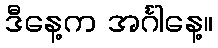
ဒီနေ့က အင်္ဂါနေ့။